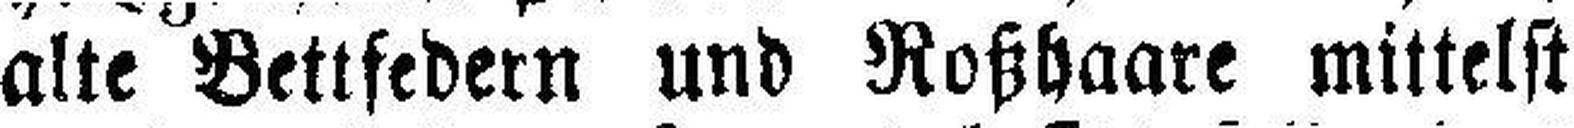
alte Bettfedern und Roßhaare mittelst